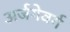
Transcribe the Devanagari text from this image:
अर्जगेवर्ग